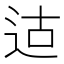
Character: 𫐢